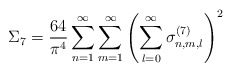
\begin{align*}\Sigma_7 = \frac{64}{\pi^4} \sum_{n=1}^\infty\sum_{m=1}^\infty \left( \sum_{l=0}^\infty\sigma_{n,m,l}^{(7)} \right)^2\end{align*}